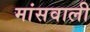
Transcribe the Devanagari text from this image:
मांसवाली